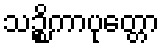
သဉ္စိကာပုတ္တော